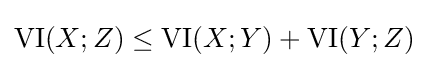
\mathrm {VI} (X;Z)\leq \mathrm {VI} (X;Y)+\mathrm {VI} (Y;Z)